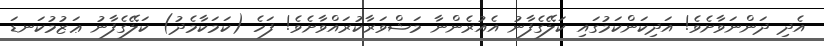
އެދި ދަންނަވާށެވެ! އަދިކަންކަމުގައި ކަލޭގެފާނު އެއުރެންނާ މަޝްވަރާކުރައްވާށެވެ! ފަހެ (ކަމަކާމެދު) ކަލޭގެފާނު ޢަޒުމުކަނޑަ